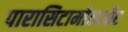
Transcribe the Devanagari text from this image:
पारासिटामोलऔर